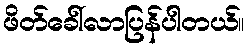
ဖိတ်ခေါ်လာပြန်ပါတယ်။